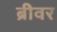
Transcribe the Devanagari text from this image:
ब्रीवर